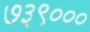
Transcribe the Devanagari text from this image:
७३९०००